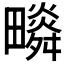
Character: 𤳩